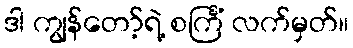
ဒါ ကျွန်တော့်ရဲ့ စင်္ကြံ လက်မှတ်။